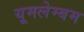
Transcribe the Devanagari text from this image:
यूमलेम्बम